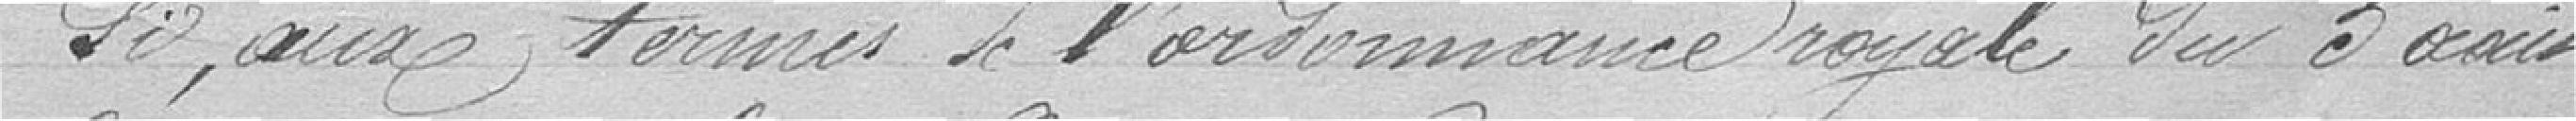
Si, aux termes de l'ordonnance royale du 5 août